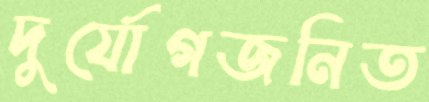
দুর্যোগজনিত